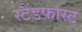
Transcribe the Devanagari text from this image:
स्टैंडफास्ट